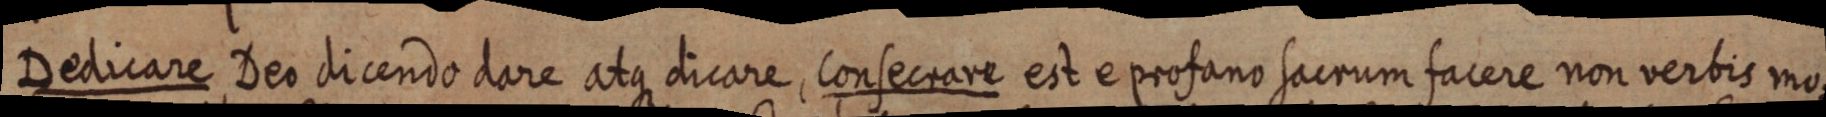
Dedicare Deo dicendo dare atque dicare, consecrare est e profano sacrum facere non verbis mo